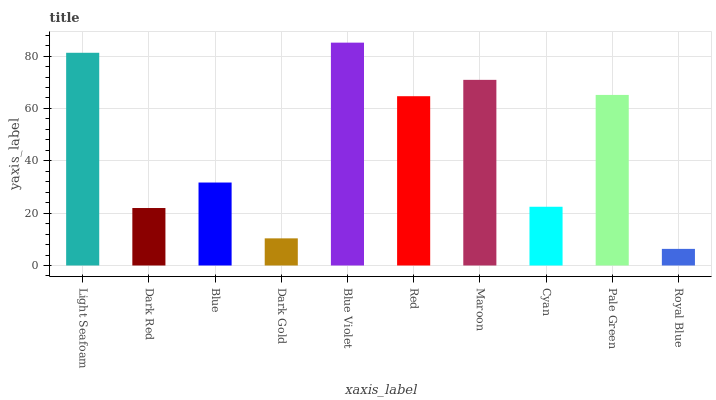
| xaxis_label | bars |
 | --- | --- |
 | Light Seafoam | 81.3 |
 | Dark Red | 22 |
 | Blue | 31.7 |
 | Dark Gold | 10.4 |
 | Blue Violet | 85.1 |
 | Red | 64.7 |
 | Maroon | 70.9 |
 | Cyan | 22.4 |
 | Pale Green | 65.2 |
 | Royal Blue | 6.35 |